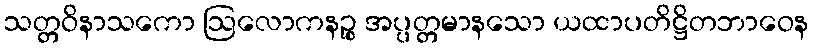
သတ္တဝိနာသကော ဩလောကနဉ္စ အပ္ပတ္တမာနသော ယထာပတိဋ္ဌိတဘာဝေန